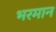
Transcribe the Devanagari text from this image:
भरमान